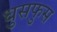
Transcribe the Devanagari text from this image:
धुसफुस